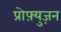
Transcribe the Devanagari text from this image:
प्रोफ़्युज़न